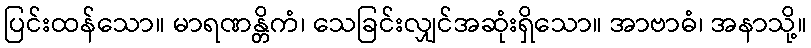
ပြင်းထန်သော။ မာရဏန္တိကံ၊ သေခြင်းလျှင်အဆုံးရှိသော။ အာဗာဓံ၊ အနာသို့။